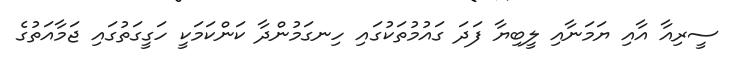
ސީރިއާ އާއި ޔަމަނާއި ލީބިޔާ ފަދަ ގައުމުތަކުގައި ހިނގަމުންދާ ކަންކަމަކީ ހަގީގަތުގައި ޖަމާއަތުގެ